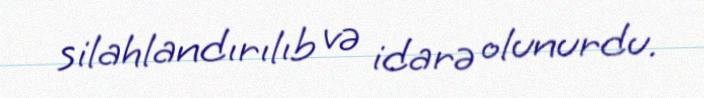
silahlandırılıb və idarə olunurdu.